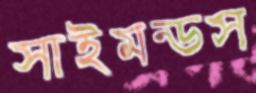
সাইমন্ডস